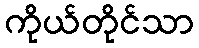
ကိုယ်တိုင်သာ